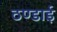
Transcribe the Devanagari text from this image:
ठण्डाई